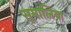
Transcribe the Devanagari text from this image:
सूमालिया